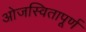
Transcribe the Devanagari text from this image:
ओजस्वितापूर्ण